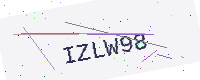
Text: IZLW98